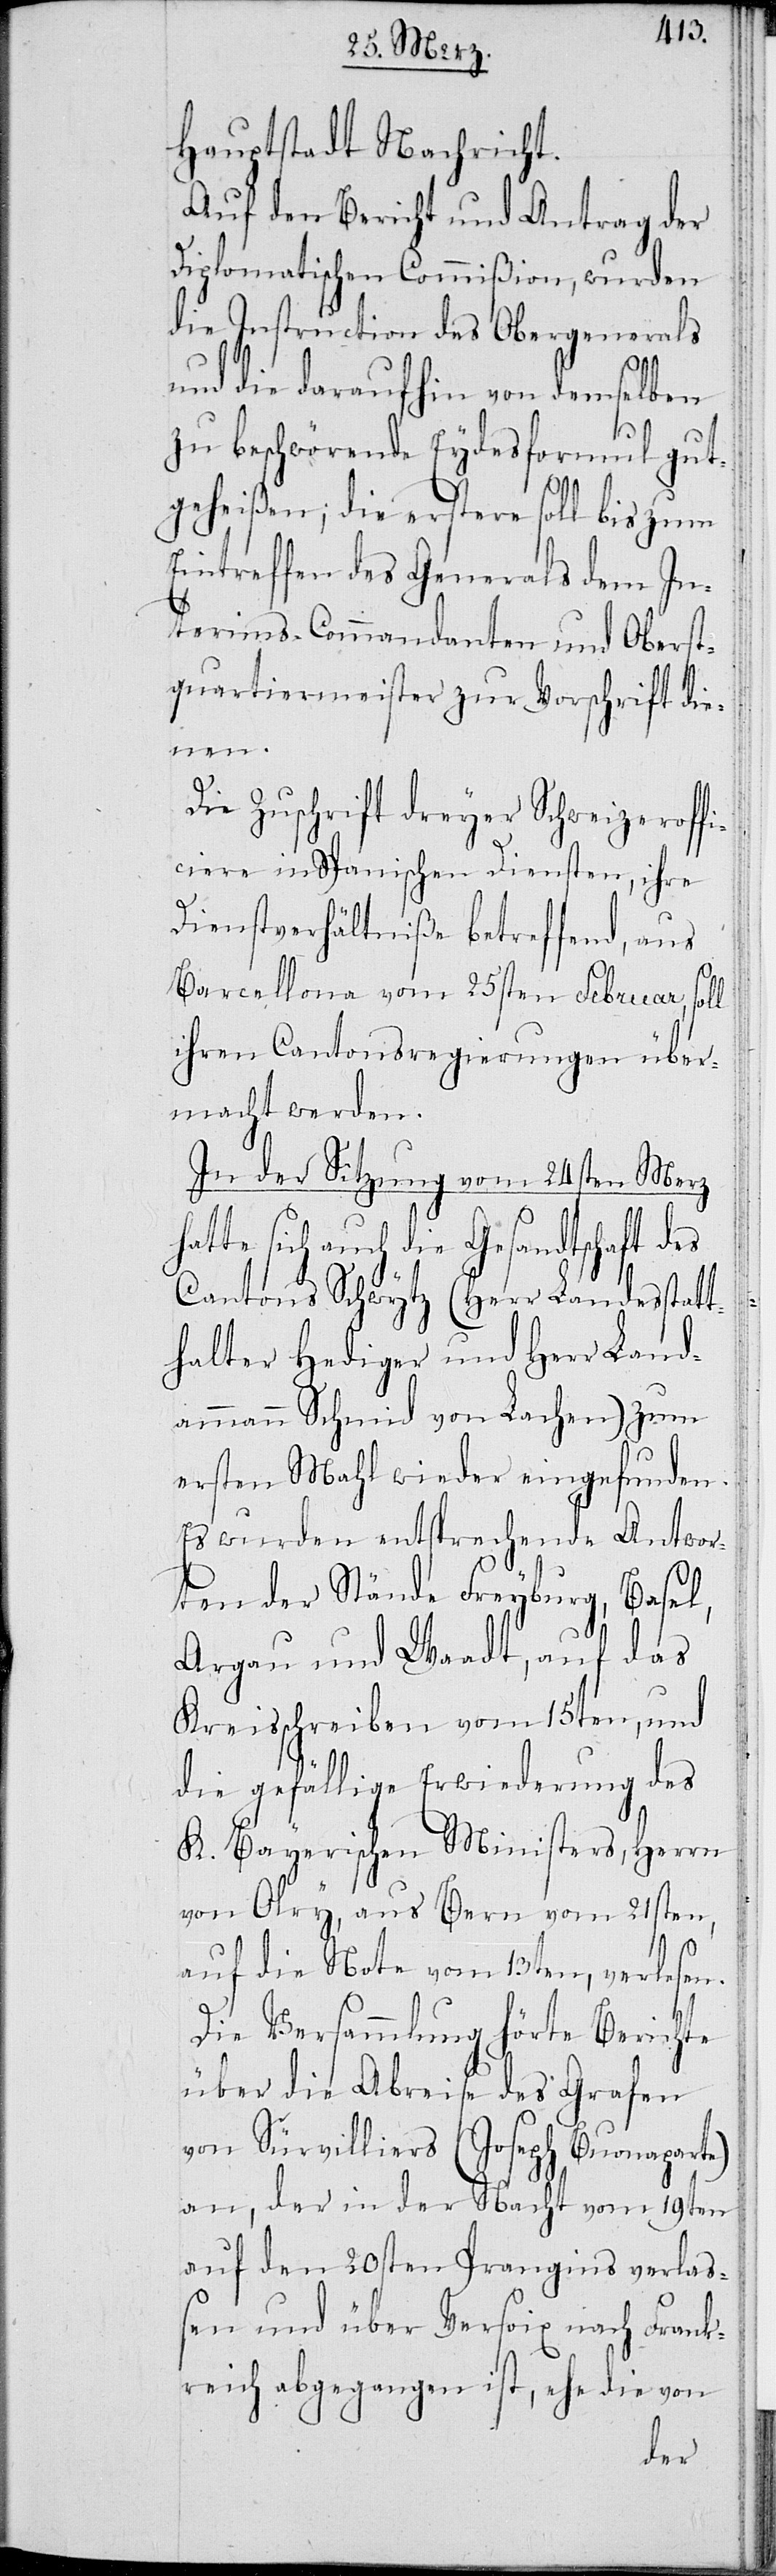
Hauptstadt Nachricht.
Auf den Bericht und Antrag der
Diplomatischen Commißion, wurden
die Instruction des Obergenerals
und die daraufhin von demselben
zu beschwörende Eydsformul gut¬
geheißen; die erstere soll bis zum
Eintreffen des Generals dem In¬
terims-Comandanten und Oberst¬
quartiermeister zur Vorschrift die¬
nen.
Die Zuschrift dreyer Schweizeroffi¬
ciere in Spanischen Diensten, ihre
Dienstverhältniße betreffend, aus
Barcellona vom 25sten Februar, soll
ihren Cantonsregierungen über¬
macht werden.
In der Sitzung vom 24sten Merz
hatte sich auch die Gesandtschaft des
Cantons Schwytz (Herr Landesstatt¬
halter Hediger und Herr Land¬
ammann Schmid von Lachen) zum
ersten Mahl wieder eingefunden.
Es wurden entsprechende Antwor¬
ten der Stände Freyburg, Basel,
Argau und Waadt, auf das
Kreisschreiben vom 15ten, und
die gefällige Erwiederung des
K. Bayerischen Ministers, Herrn
von Olry, aus Bern vom 21sten,
auf die Note vom 13ten, verlesen.
Die Versammlung hörte Berichte
über die Abreise des Grafen
von Sürvilliers (Joseph Buonaparte)
an, der in der Nacht vom 19ten
auf den 20sten Prangins verlaß¬
en und über Versoix nach Frank¬
reich abgegangen ist, ehe die von